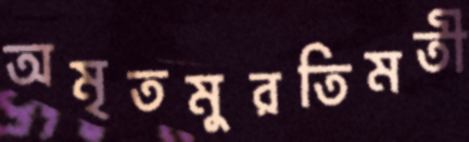
অমৃতমুরতিমতী